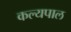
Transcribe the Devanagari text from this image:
कल्यपाल